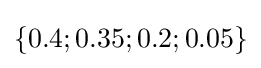
\{0.4;0.35;0.2;0.05\}